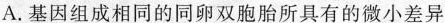
A. 基因组成相同的同卵双胞胎所具有的微小差异